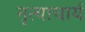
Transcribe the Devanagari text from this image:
नृत्याचार्य